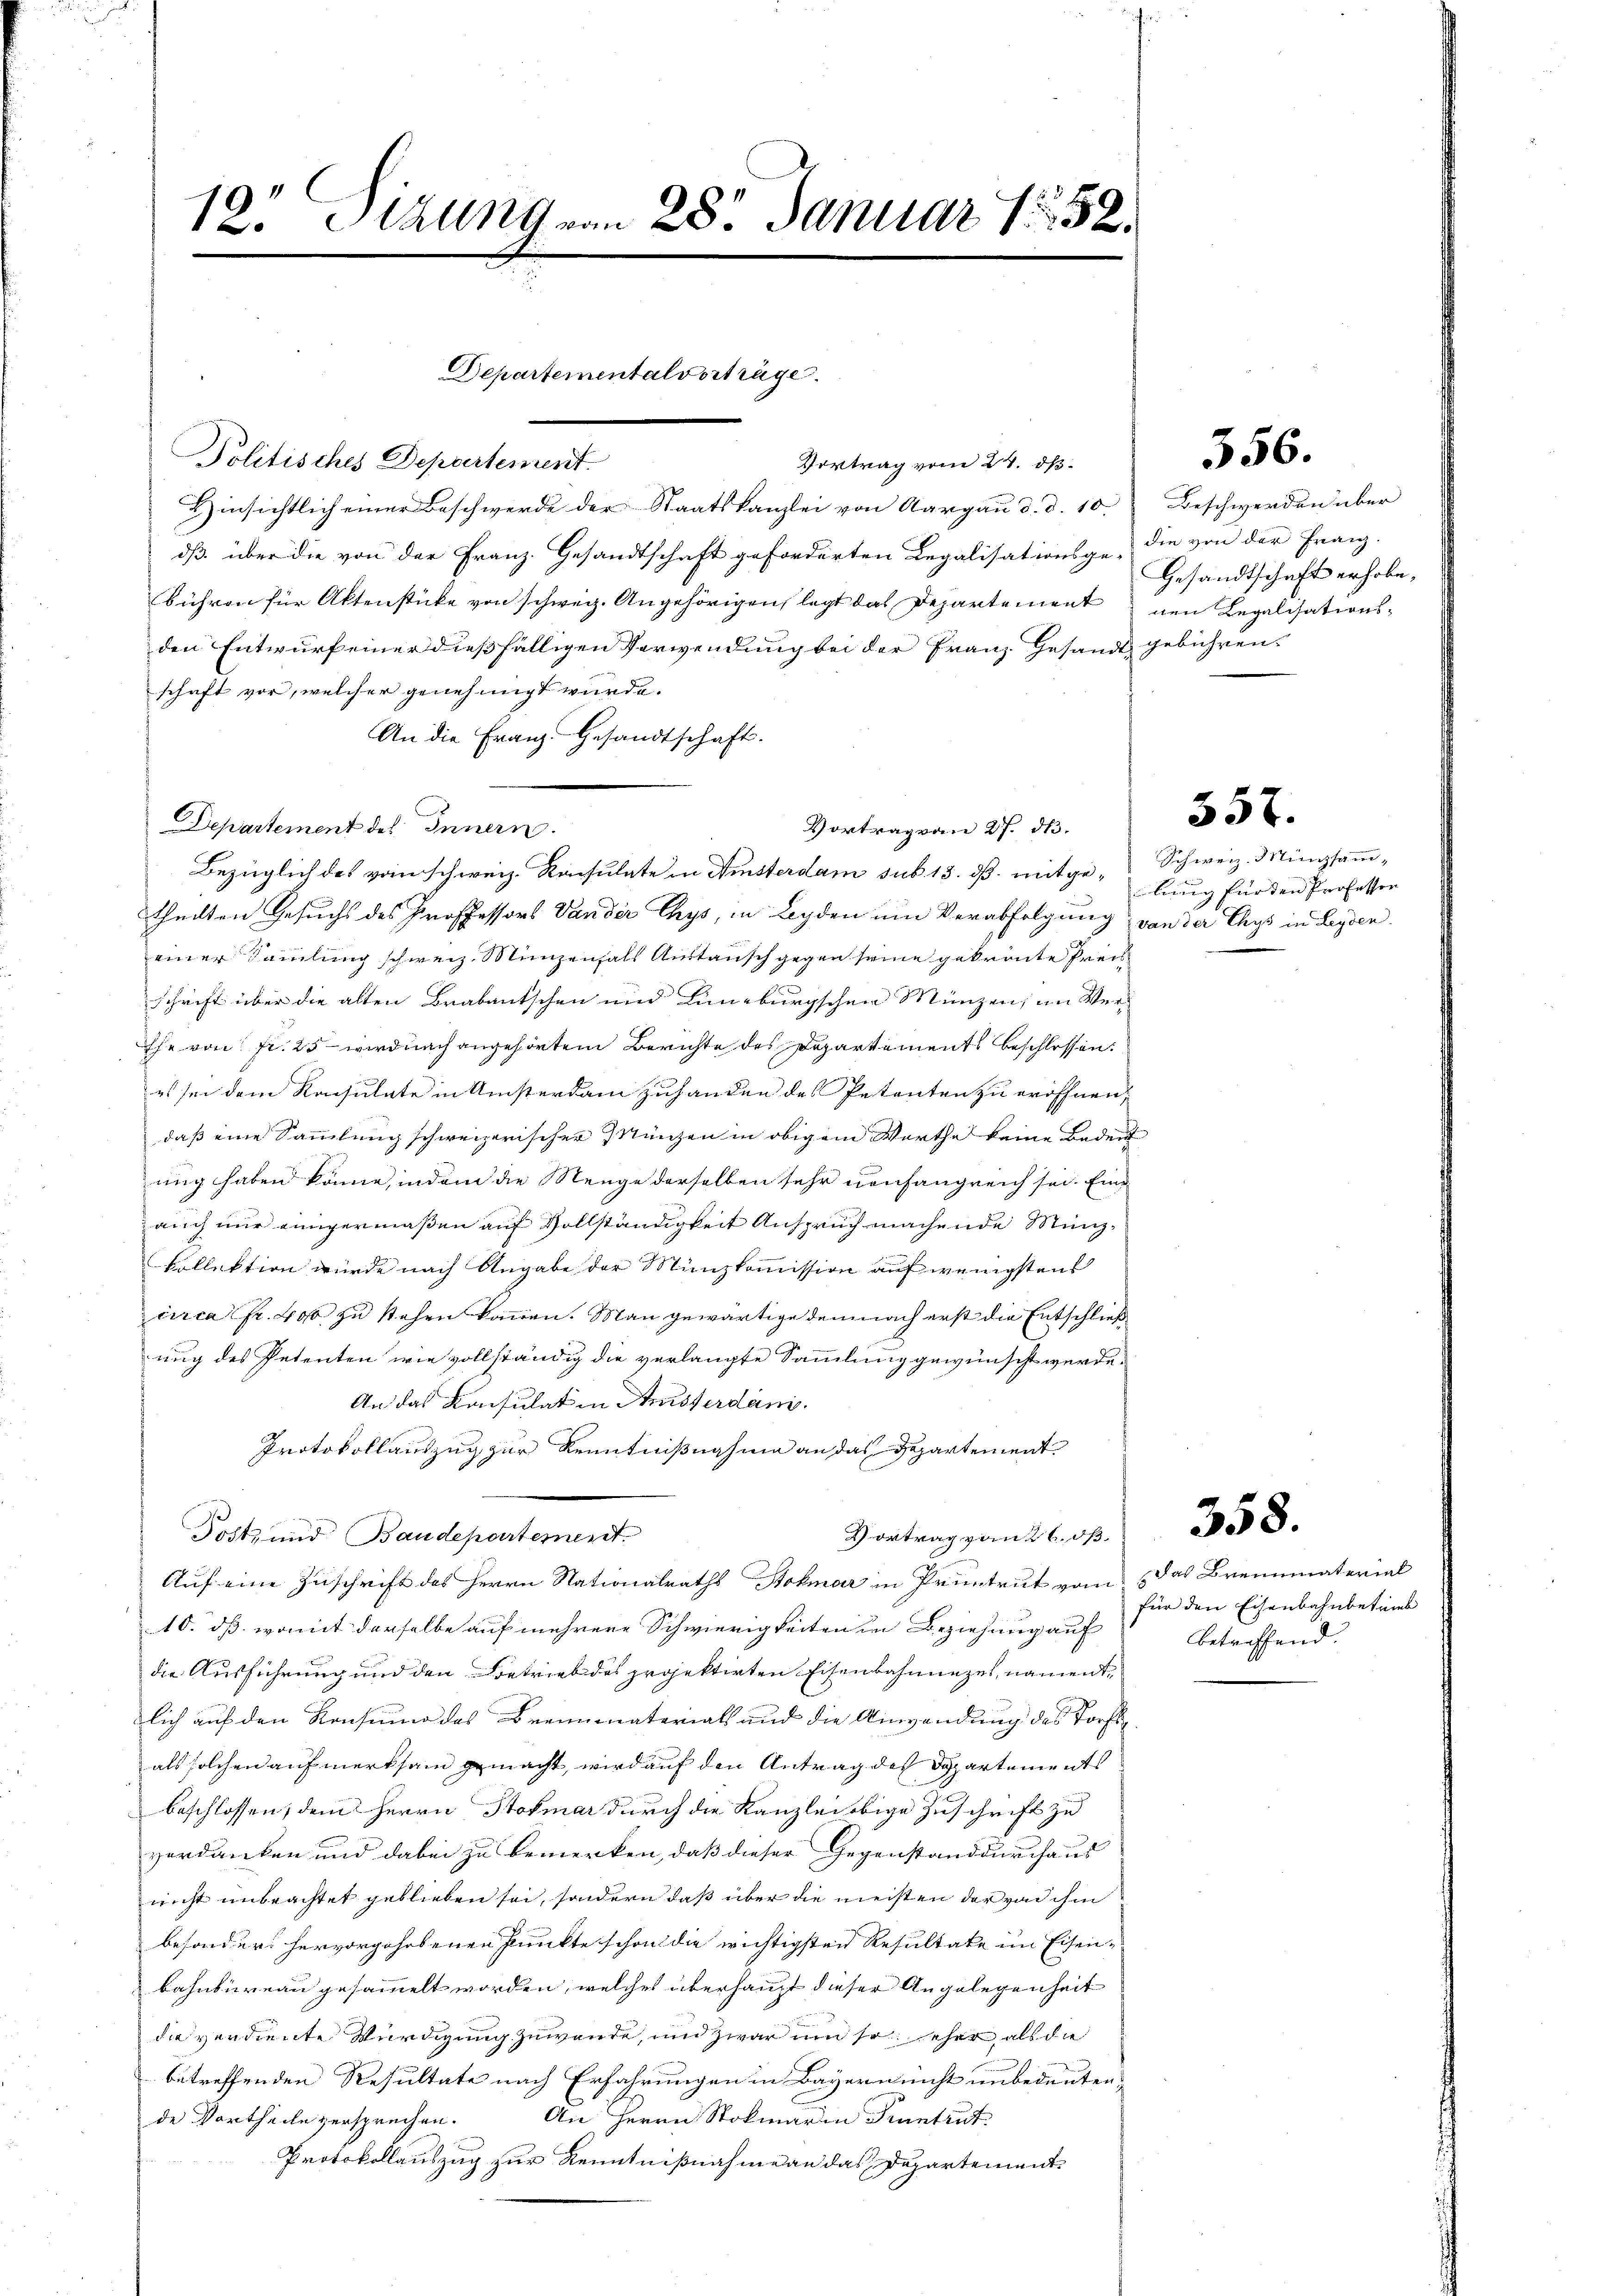
12. Sitzung von 28. Januar 1852.
e

Politisches Departement.
Hinsichtlich einer Beschwerde der Staatskanzlei von Aargau d. d. 10.) Beschwerden über
dß über die von der Franz. Gesandtschaft geforderten Legalisationsge- die von der Franz-
bühren für Aktenstücke von schweiz. Angehörigen legt das Departement den Legalisations-
den Entwurf einer dießfälligen Verwendung bei der Franz Gesandt gebühren.
schaft vor, welcher genehmigt würde.
An die Franz. Gesandtschaft.
Departement des Innern.
Bezüglich des von schweiz. Raisulate in Fisterdam sub 15. dß. mitge-Schweiz. Münzsammtheilten Gesuchs des Professors Vander Chys, in Beyden um Verabfolgung von der Chys in Leyden
einer Sammlung schweiz. Münzenfals Austausch gegen seine gekrönte Preis
schrift über die alten Brabantschen und Lieburgschen Münzen, im Ver¬
Ehe von fr. 25 wird nach angehörtem Berichte des Departements beschlossen.
es sei dem Konsulate in Ansterdam zuhanden des Petenten zu eröffnen,
daß eine Sammlung schweizerischer Münzen in obigem Werthe keine Bedeu
ung haben könne, indem die Neuge derselben sehr anfangreich sei. Eine
auch nur eingermaßen auf Vollständigkeit Anspruch machende Münzkollektion wurde nach Angabe der Münzkommission auf wenigstens
circa Fr. 400 zu stehen können. Man gewärtige demnach erst die Entschließung des Petenten wie vollständig die verlangte Sammlung gewünscht werde.
An das Konsulat in Amsterdani.
Protokollauszug zur Kenntnißnahme an das Departement
Post- und Baudepartement.
Vortrag von 26. dß
Auf eine Zuschrift des Herrn Nationalraths Kolmar in Pruntrut vom das Brennmaterial
10. dß womit derselbe auf mehrere Schwierigkeiten in Beziehung auf
die Ausführung und den Betrieb des projektirten Eisenbahnnezel, nament,
lich auf den Konsum des Brennmaterials und die Anwendung des Torfals solchen aufmerksam gemacht, wird auf den Antrag des Departements
beschlossen, dem Herrn Stofmar durch die Kanzlei obige Zuschrift zu
verdanken und dabei zu bemerken, daß dieser Gegenstand durchaus
nicht unbrachtet geblieben sei, sondern daß über die meisten der vad ihm
besonders hervorgehobenen Punkte schon die wichtigsten Resultate im Eisen-
bahnbureau gesammelt worden, welches überhaupt dieser Angelegenheit
da verdiente Würdigung zuwende, und zwar um so jeher als die
betreffenden Resultate nach Erfahrungen in Bayern nicht unbedeuten,
An Herrn Stokmaria Pruntrut
de Vortheile versprechen.
Protokollauszug zur Kenntnißnahme an das Departement

Departementalvorträge

Vertrag vom 24. ds.

Vortrag von 27. dh.

357.

356.

Gesandtschaft erhobe,

lung für den Professor

für den Eisenbahnbetrieb
betreffend.

358.